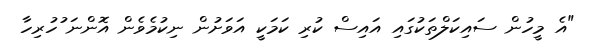
"އެ މީހުން ސައިކަލްތަކުގައި އައިސް ކުރި ކަމަކީ އަވަށުން ނިކުމެވެން އޮންނަ ުހުރިހާ